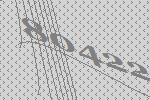
80422